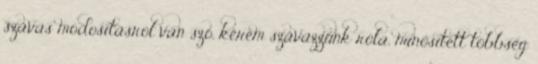
szavas módosításról van szó, kérem szavazzunk róla, minősített többség